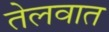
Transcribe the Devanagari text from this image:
तेलवात